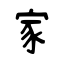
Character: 家